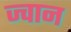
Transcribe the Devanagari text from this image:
ज्वान